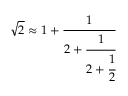
{ \sqrt { 2 } } \approx 1 + { \cfrac { 1 } { 2 + { \cfrac { 1 } { 2 + { \cfrac { 1 } { 2 } } } } } }